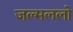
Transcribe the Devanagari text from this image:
जल्मललो